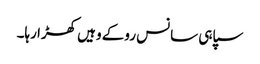
سپاہی سانس روکے وہیں کھڑا رہا۔